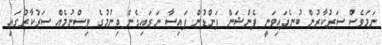
ނަމަވެސް ސަރުކާރުން ބުނެފައިވަނީ ޕެންޝަން ފަންޑުން ފައިސާ ނަގައިގެން ދިނުމުގެ ވިސްނުމެއް ސަރުކާރުގައި